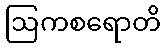
ဩကစရောတိ